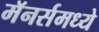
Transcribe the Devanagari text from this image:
मॅनर्समध्ये